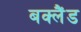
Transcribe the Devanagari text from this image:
बक्लैंड